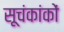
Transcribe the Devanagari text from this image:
सूचंकांकों